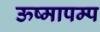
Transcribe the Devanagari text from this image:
ऊष्मापम्प